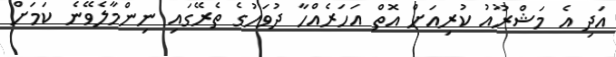
އަދި އެ މަޝްރޫއު ކުރިއަށް އޮތް އަހަރެއްހާ ދުވަހުގެ ތެރޭގައި ނިންމާލެވޭނެ ކަމަށް